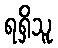
ရရှိသူ